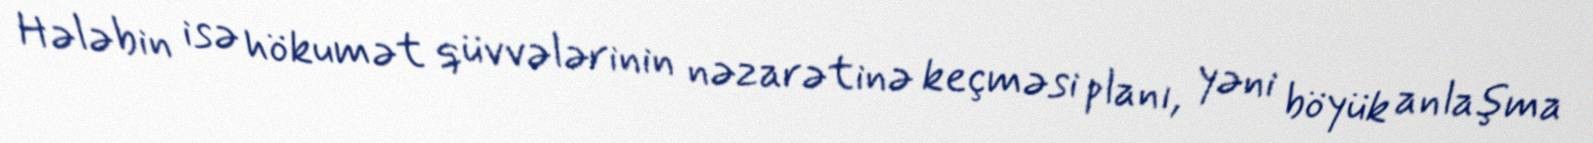
Hələbin isə hökumət qüvvələrinin nəzarətinə keçməsi planı, yəni böyük anlaşma